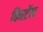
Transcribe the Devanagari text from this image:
किर्स्टेन